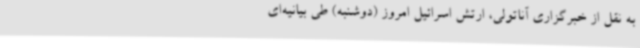
به نقل از خبرگزاری آناتولی، ارتش اسرائیل امروز (دوشنبه) طی بیانیه‌ای